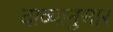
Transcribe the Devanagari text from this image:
दाव्यानुसार